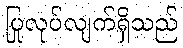
ပြုလုပ်လျက်ရှိသည်